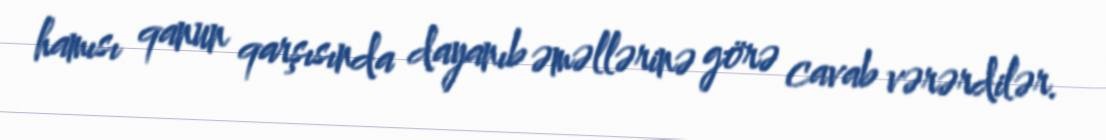
hamısı qanun qarşısında dayanıb əməllərinə görə cavab vərərdilər.